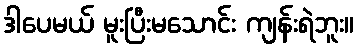
ဒါပေမယ် မူးပြီးမသောင်း ကျန်းရဲဘူး။